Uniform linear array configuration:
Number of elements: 48
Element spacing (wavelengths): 0.75
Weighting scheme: hamming
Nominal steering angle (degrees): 60
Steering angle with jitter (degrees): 61.811
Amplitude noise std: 0.05
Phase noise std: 0.05

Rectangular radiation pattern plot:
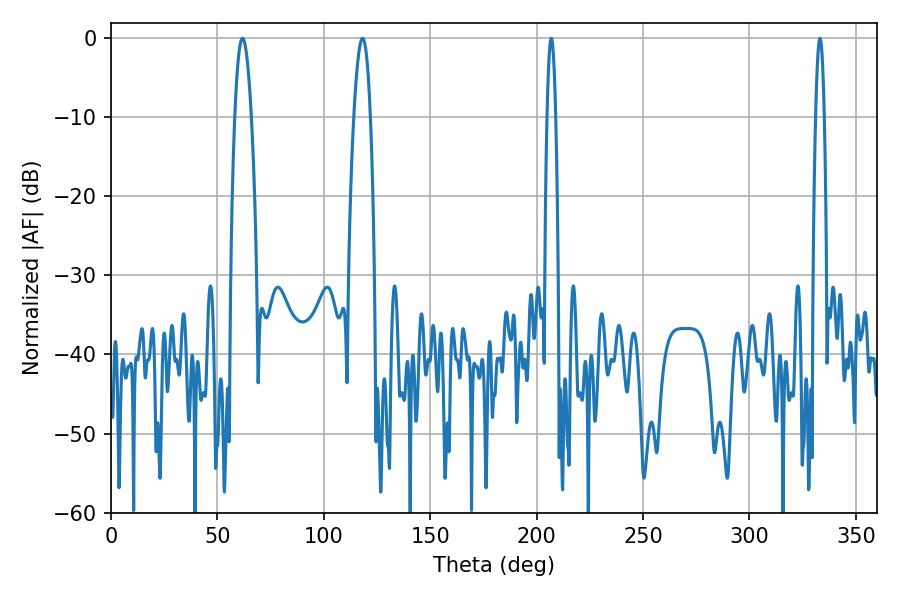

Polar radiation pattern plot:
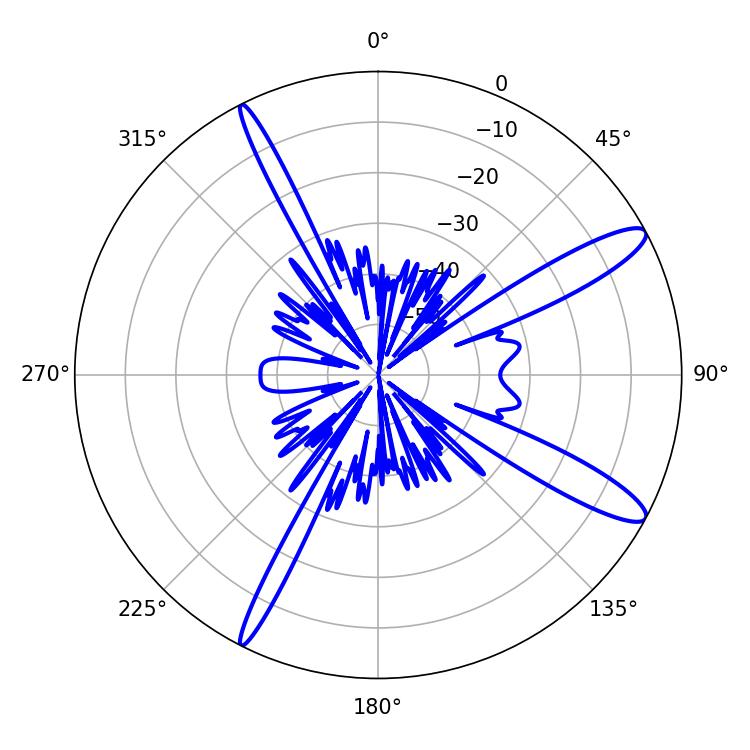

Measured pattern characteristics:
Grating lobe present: TRUE
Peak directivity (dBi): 12.821
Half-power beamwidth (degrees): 4.32
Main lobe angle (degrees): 118.26